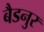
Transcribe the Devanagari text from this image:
बैडनुर